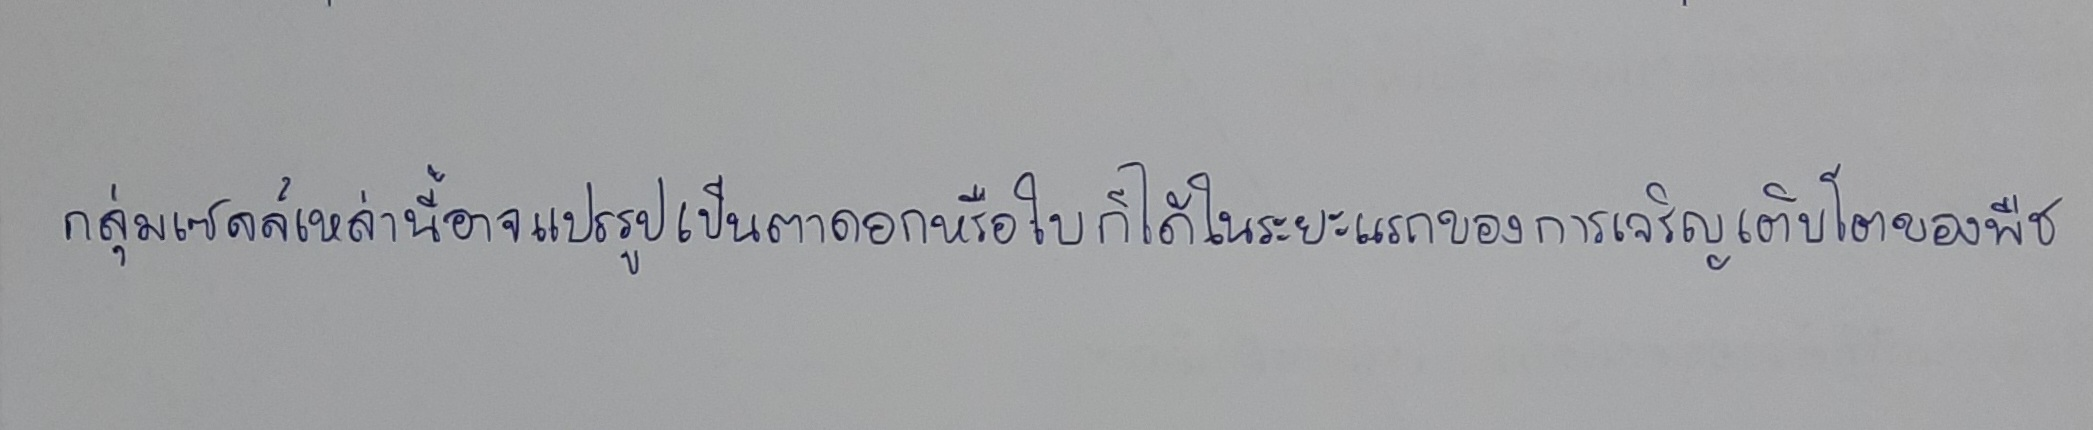
กลุ่มเซลล์เหล่านี้อาจแปรรูปเป็นตาดอกหรือใบก็ได้ในระยะแรกของการเจริญเติบโตของพืช